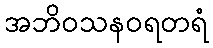
အဘိဝသနဝရတရံ